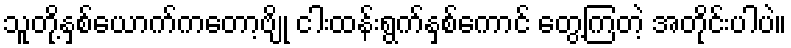
သူတို့နှစ်ယောက်ကတော့ဗျို ငါးထန်းရွက်နှစ်ကောင် တွေ့ကြတဲ့ အတိုင်းပါပဲ။